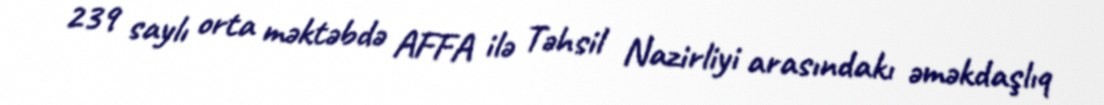
239 saylı orta məktəbdə AFFA ilə Təhsil Nazirliyi arasındakı əməkdaşlıq